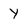
Character: Y